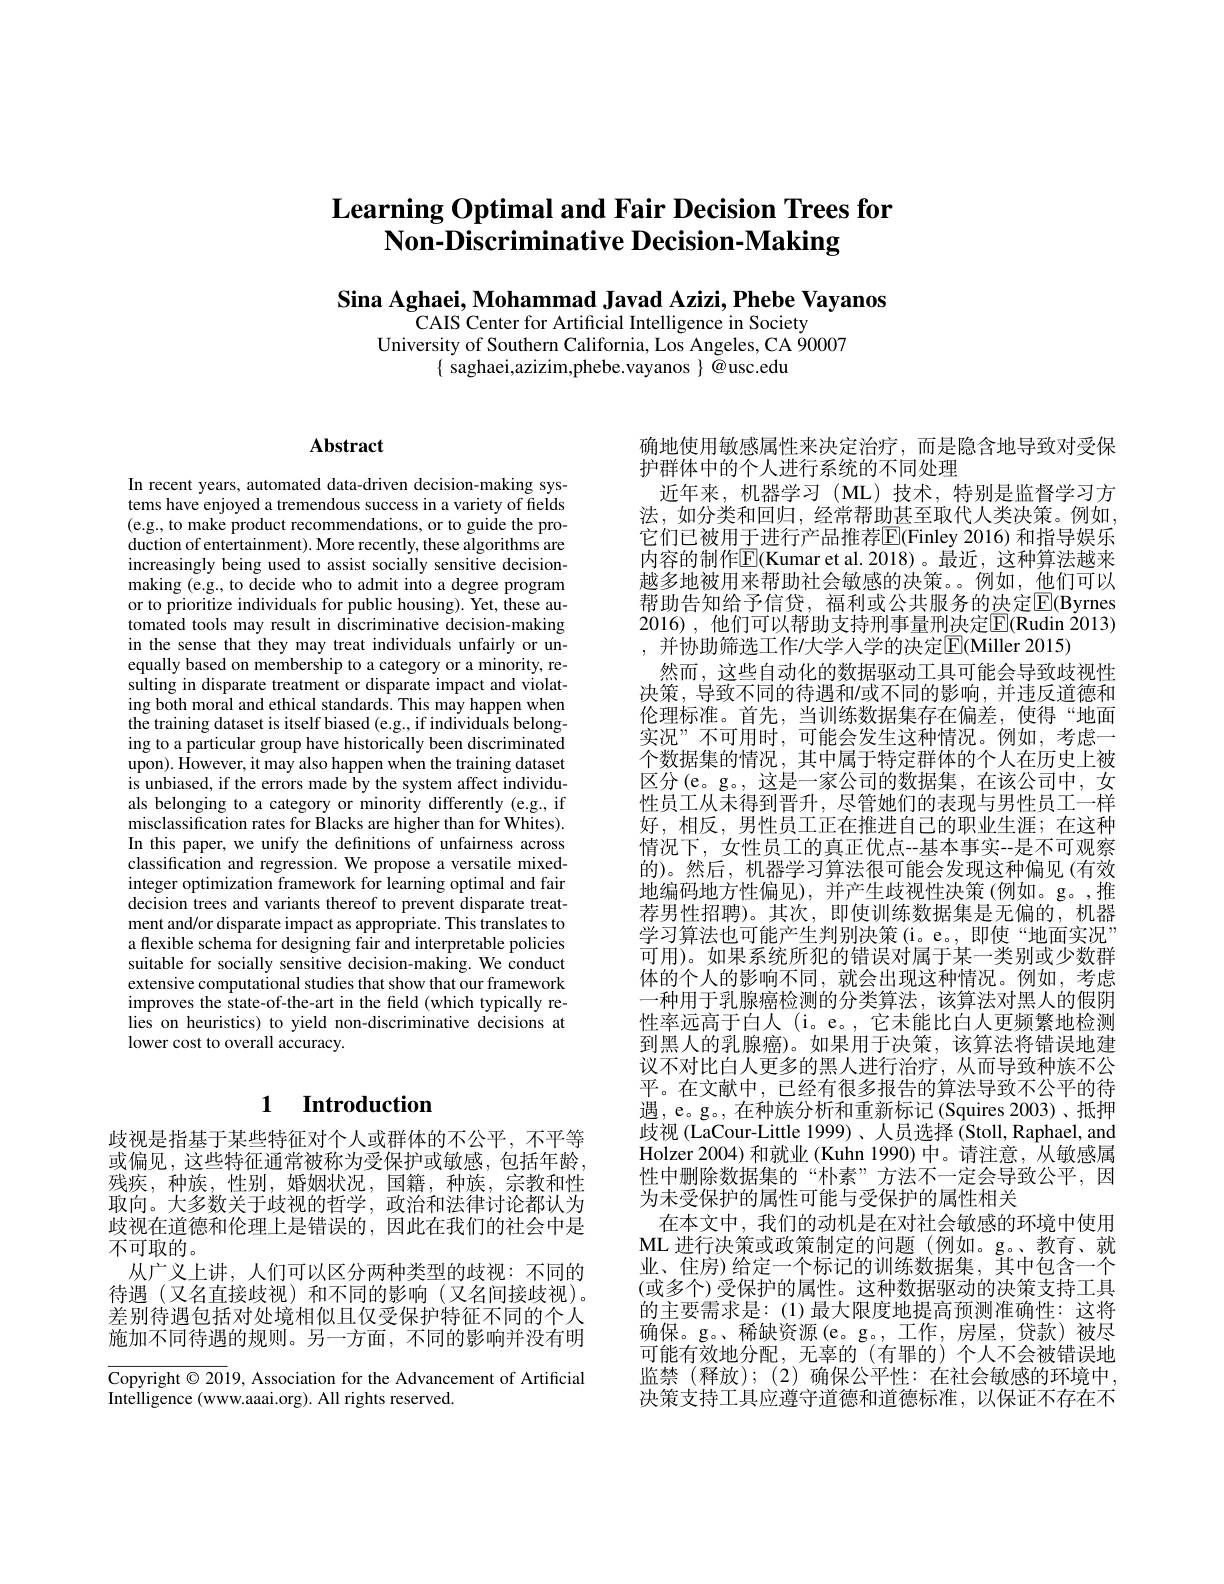
# $\textbf{Learning Optimal and Fair Decision Trees for}$ Non-Discriminative Decision-Making

Sina Aghaei, Mohammad Javad Azizi, Phebe Vayanos
CAIS Center for Artificial Intelligence in Society
University of Southern California, Los Angeles, CA 90007
$\{$ saghaei,azizim,phebe.vayanos $\}$ @usc.edu

## Abstract

In recent years, automated data-driven decision-making systems have enjoyed a tremendous success in a variety of fields (e.g., to make product recommendations, or to guide the production of entertainment). More recently, these algorithms are increasingly being used to assist socially sensitive decisionmaking (e.g., to decide who to admit into a degree program or to prioritize individuals for public housing). Yet, these automated tools may result in discriminative decision-making in the sense that they may treat individuals unfairly or unequally based on membership to a category or a minority, resulting in disparate treatment or disparate impact and violating both moral and ethical standards. This may happen when the training dataset is itself biased (e.g., if individuals belonging to a particular group have historically been discriminated upon). However, it may also happen when the training dataset is unbiased, if the errors made by the system affect individuals belonging to a category or minority differently (e.g., if misclassification rates for Blacks are higher than for Whites). In this paper, we unify the definitions of unfairness across classification and regression. We propose a versatile mixedinteger optimization framework for learning optimal and fair decision trees and variants thereof to prevent disparate treatment and/or disparate impact as appropriate. This translates to a flexible schema for designing fair and interpretable policies suitable for socially sensitive decision-making. We conduct extensive computational studies that show that our framework improves the state-of-the-art in the field (which typically relies on heuristics) to yield non-discriminative decisions at lower cost to overall accuracy.

# 1 $\textbf{Introduction}$

歧视是指基于某些特征对个人或群体的不公平，不平等或偏见，这些特征通常被称为受保护或敏感，包括年龄， 残疾，种族，性别，婚姻状况，国籍，种族，宗教和性取向。大多数关于歧视的哲学，政治和法律讨论都认为歧视在道德和伦理上是错误的，因此在我们的社会中是不可取的。
从广义上讲，人们可以区分两种类型的歧视：不同的待遇(又名直接歧视)和不同的影响(又名间接歧视)。差别待遇包括对处境相似且仅受保护特征不同的个人施加不同待遇的规则。另一方面，不同的影响并没有明

Copyright $\odot2019$, Association for the Advancement of Artificial
Intelligence (www.aaai.org). All rights reserved.

确地使用敏感属性来决定治疗，而是隐含地导致对受保
护群体中的个人进行系统的不同处理
近年来，机器学习(ML)技术，特别是监督学习方法，如分类和回归，经常帮助甚至取代人类决策。例如， 它们已被用于进行产品推荐E(Finley 2016) 和指导娱乐内容的制作$\mathbb{E}($Kumar et al.2018)。最近，这种算法越来越多地被用来帮助社会敏感的决策。例如，他们可以帮助告知给予信贷，福利或公共服务的决定$\overline{\mathrm{E}}($Byrnes 2016) , 他们可以帮助支持刑事量刑决定$\overline{\mathrm{E}}($Rudin 2013) ,并协助筛选工作/大学人学的决定E(Miller 2015)
然而，这些自动化的数据驱动工具可能会导致歧视性决策，导致不同的待遇和/或不同的影响，并违反道德和伦理标准。首先，当训练数据集存在偏差，使得“地面实况”不可用时，可能会发生这种情况。例如，考虑一个数据集的情况，其中属于特定群体的个人在历史上被区分(e。g。,这是一家公司的数据集，在该公司中，女性员工从未得到晋升，尽管她们的表现与男性员工一样好，相反，男性员工正在推进自己的职业生涯；在这种情况下，女性员工的真正优点--基本事实--是不可观察的)。然后，机器学习算法很可能会发现这种偏见(有效地编码地方性偏见),并产生歧视性决策(例如。g。,推荐男性招聘)。其次，即使训练数据集是无偏的，机器学习算法也可能产生判别决策(i。e。,即使“地面实况” 可用)。如果系统所犯的错误对属于某一类别或少数群体的个人的影响不同，就会出现这种情况。例如，考虑一种用于乳腺癌检测的分类算法，该算法对黑人的假阴性率远高于白人 (i。e。, 它未能比白人更频繁地检测到黑人的乳腺癌)。如果用于决策，该算法将错误地建议不对比白人更多的黑人进行治疗，从而导致种族不公平。在文献中，已经有很多报告的算法导致不公平的待遇，e。g。, 在种族分析和重新标记(Squires 2003)、抵押歧视 (LaCour-Little 1999)、人员选择 (Stoll, Raphael, and Holzer 2004)和就业(Kuhn 1990)中。请注意，从敏感属性中删除数据集的“朴素”方法不一定会导致公平，因为未受保护的属性可能与受保护的属性相关
在本文中，我们的动机是在对社会敏感的环境中使用ML 进行决策或政策制定的问题 (例如。g。、教育、就业、住房) 给定一个标记的训练数据集，其中包含一个(或多个)受保护的属性。这种数据驱动的决策支持工具的主要需求是：(1)最大限度地提高预测准确性：这将确保。g。、稀缺资源(e。g。,工作，房屋，贷款)被尽可能有效地分配，无辜的(有罪的)个人不会被错误地监禁(释放);(2)确保公平性：在社会敏感的环境中， 决策支持工具应遵守道德和道德标准，以保证不存在不